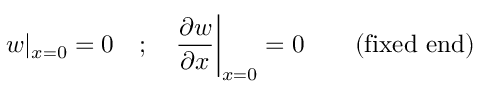
w | _ { x = 0 } = 0 \quad ; \quad { \frac { \partial w } { \partial x } } { \bigg | } _ { x = 0 } = 0 \qquad { \mathrm { ( f i x e d ~ e n d ) } }